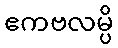
ဧကဗလမ္ပိ